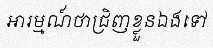
អារម្មណ៍ថាជ្រិញខ្លួនឯងទៅ